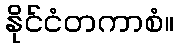
နိုင်ငံတကာစံ။